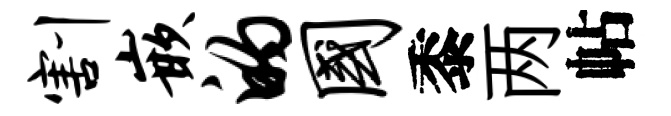
割嵌的国黍两帖